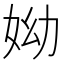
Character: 𡛙